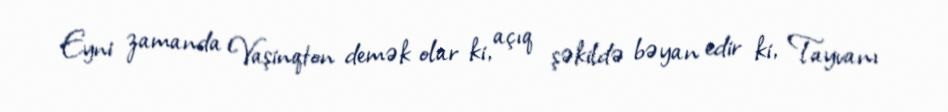
Eyni zamanda Vaşinqton demək olar ki, açıq şəkildə bəyan edir ki, Tayvanı